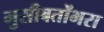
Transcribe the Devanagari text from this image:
मुसीबतोंभरा